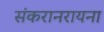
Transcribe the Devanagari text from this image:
संकरानरायना